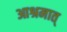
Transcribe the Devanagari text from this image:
आश्रमात्‌